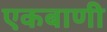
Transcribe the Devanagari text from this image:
एकबाणी